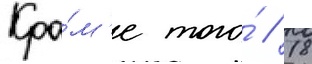
Кро́м'е того́ / 18